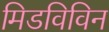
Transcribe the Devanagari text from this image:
मिडविविन